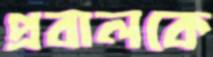
প্রবালকে